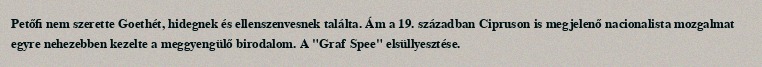
Petőfi nem szerette Goethét, hidegnek és ellenszenvesnek találta. Ám a 19. században Cipruson is megjelenő nacionalista mozgalmat egyre nehezebben kezelte a meggyengülő birodalom. A "Graf Spee" elsüllyesztése.